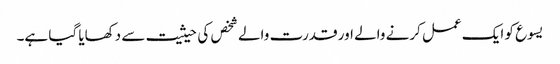
یسوع کو ایک عمل کرنے والے اور قدرت والے شخص کی حیثیت سے دکھایا گیا ہے۔